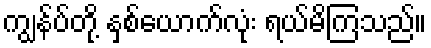
ကျွန်ပ်တို့ နှစ်ယောက်လုံး ရယ်မိကြသည်။